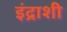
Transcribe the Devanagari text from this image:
इंद्राशी